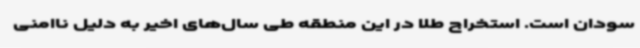
سودان است. استخراج طلا در این منطقه طی سال‌های اخیر به دلیل ناامنی